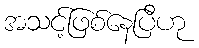
အသင့်ဖြစ်နေပြီဟု